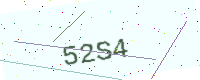
Text: 52S4